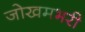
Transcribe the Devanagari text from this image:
जोखमभरी